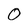
Character: 0